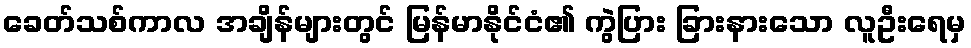
ခေတ်သစ်ကာလ အချိန်များတွင် မြန်မာနိုင်ငံ၏ ကွဲပြား ခြားနားသော လူဦးရေမှ